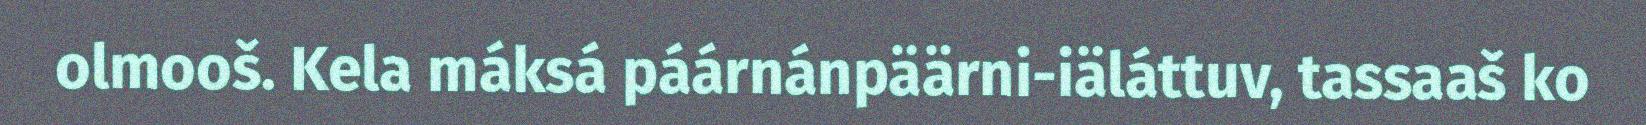
olmooš. Kela máksá páárnánpäärni-iäláttuv, tassaaš ko